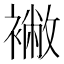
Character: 襒